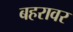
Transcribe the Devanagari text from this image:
बहरावर